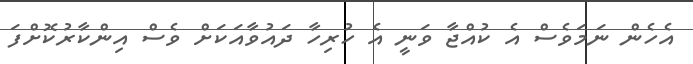
އެހެން ނަމަވެސް އެ ކުއްޖާ ވަނީ އެ ހުރިހާ ދައުވާއަކަށް ވެސް އިންކާރުކޮށްފަ